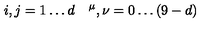
i , j = 1 \ldots d \quad \sp \mu , \nu = 0 \ldots ( 9 - d )